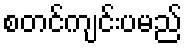
စတင်ကျင်းပမည်